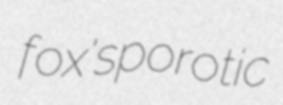
fox's porotic